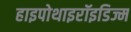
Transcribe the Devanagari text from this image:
हाइपोथाइरॉइडिज्म